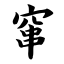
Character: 窜